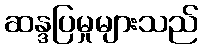
ဆန္ဒပြမှုများသည်